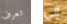
تعرف إلى